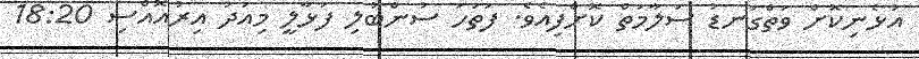
އުޅެނިކޮށް ވަތްގަނޑު ސަލާމަތް ކޮށްފިއެވެ. ފަތަހަ ސުންބުލި ފަޅާލީ މިއަދު އިރުއޮއްސި 18:20